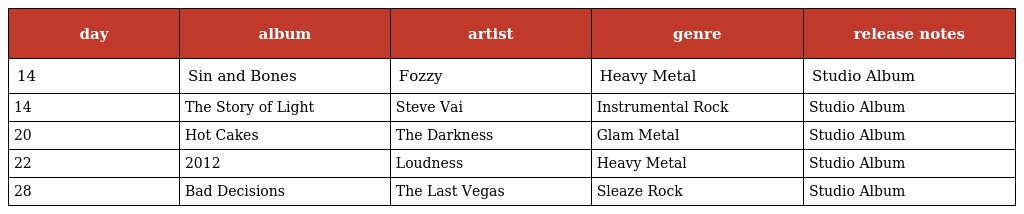
| day | album | artist | genre | release notes |
 | --- | --- | --- | --- | --- |
 | 14 | Sin and Bones | Fozzy | Heavy Metal | Studio Album |
 | 14 | The Story of Light | Steve Vai | Instrumental Rock | Studio Album |
 | 20 | Hot Cakes | The Darkness | Glam Metal | Studio Album |
 | 22 | 2012 | Loudness | Heavy Metal | Studio Album |
 | 28 | Bad Decisions | The Last Vegas | Sleaze Rock | Studio Album |